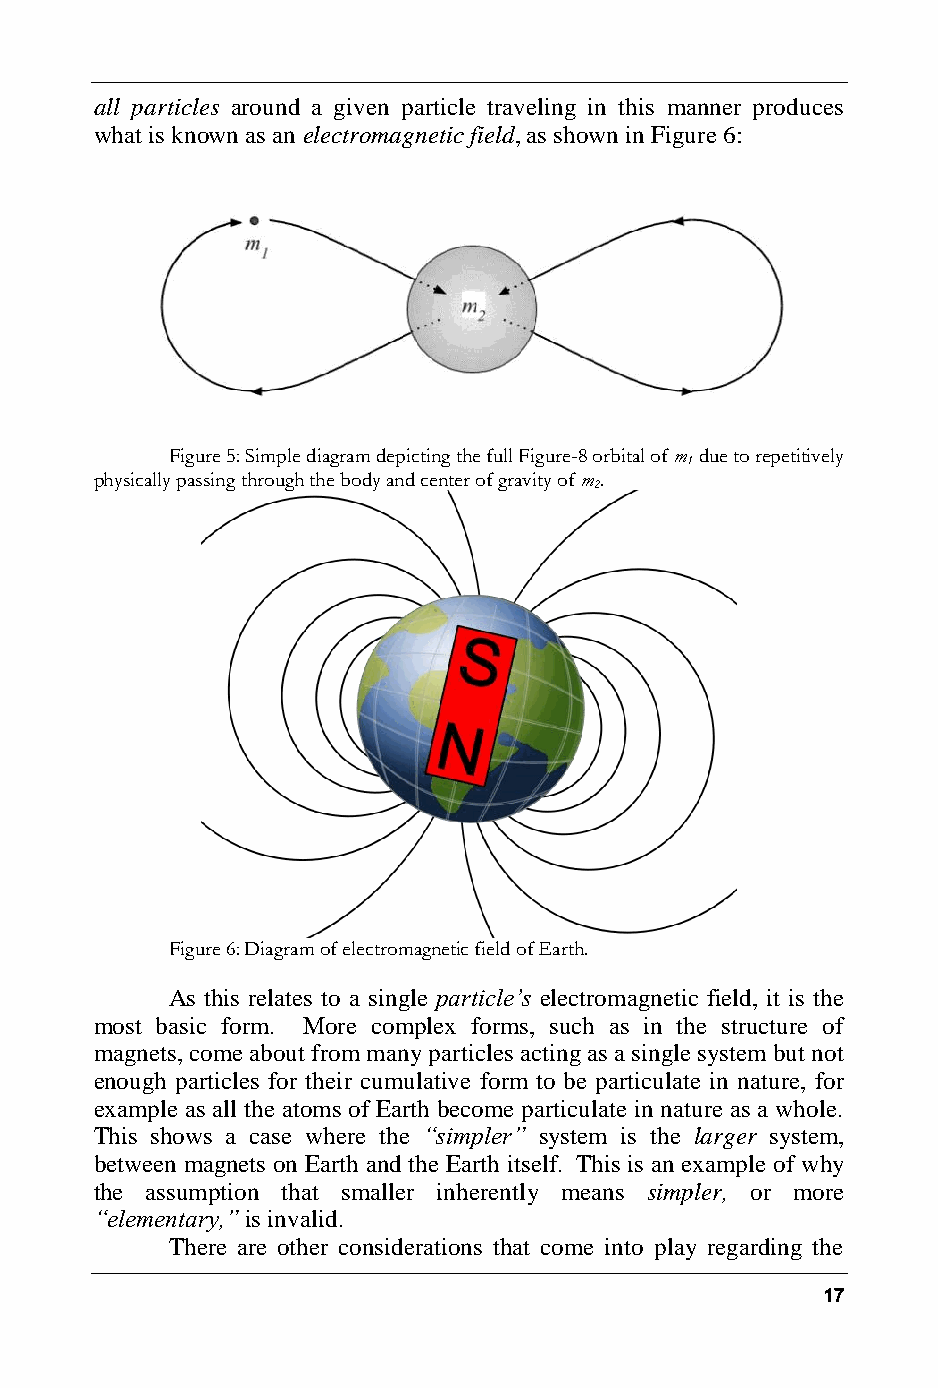
all particles around a given particle traveling in this manner produces
 what is known as an electromagnetic field, as shown in Figure 6:
 Figure 5: Simple diagram depicting the full Figure-8 orbital of m due to repetitively
 1
 physically passing through the body and center of gravity of m.
 2
 Figure 6: Diagram of electromagnetic field of Earth.
 As this relates to a single particle’s electromagnetic field, it is the
 most basic form. More complex forms, such as in the structure of
 magnets, come about from many particles acting as a single system but not
 enough particles for their cumulative form to be particulate in nature, for
 example as all the atoms of Earth become particulate in nature as a whole.
 This shows a case where the “simpler” system is the larger system,
 between magnets on Earth and the Earth itself. This is an example of why
 the assumption that smaller inherently means simpler, or more
 “elementary,” is invalid.
 There are other considerations that come into play regarding the
 17